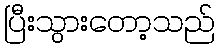
ပြီးသွားတော့သည်